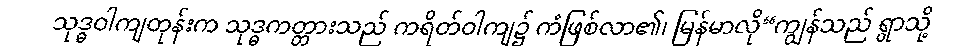
သုဒ္ဓဝါကျတုန်းက သုဒ္ဓကတ္တားသည် ကရိတ်ဝါကျ၌ ကံဖြစ်လာ၏၊ မြန်မာလို“ကျွန်သည် ရွာသို့